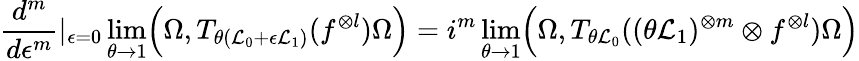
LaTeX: \frac{d^{m}}{d\epsilon^{m}}\vert_{\epsilon=0}\operatorname*{lim}_{\theta\to 1}\Bigl(\Omega,T_{\theta({\cal L}_{0}+\epsilon{\cal L}_{1})}(f^{\otimes l})\Omega\Bigr)=i^{m}\operatorname*{lim}_{\theta\to 1}\Bigl(\Omega,T_{\theta{\cal L}_{0}}((\theta{\cal L}_{1})^{\otimes m}\otimes f^{\otimes l})\Omega\Bigr)